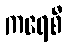
ကရေစီ